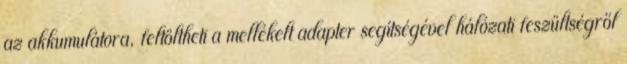
az akkumulátora, feltöltheti a mellékelt adapter segítségével hálózati feszültségről